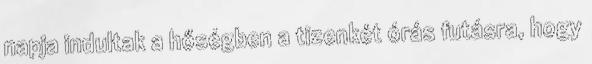
napja indultak a hőségben a tizenkét órás futásra, hogy